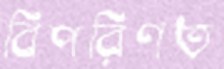
বিপরিণত